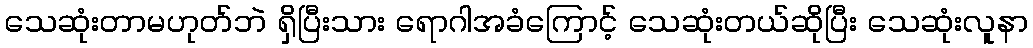
သေဆုံးတာမဟုတ်ဘဲ ရှိပြီးသား ရောဂါအခံကြောင့် သေဆုံးတယ်ဆိုပြီး သေဆုံးလူနာ